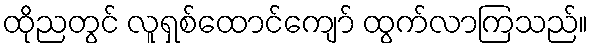
ထိုညတွင် လူရှစ်ထောင်ကျော် ထွက်လာကြသည်။